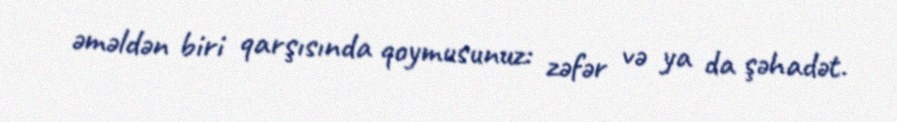
əməldən biri qarşısında qoymusunuz: zəfər və ya da şəhadət.